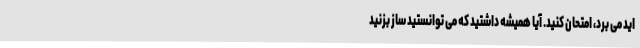
اید می برد، امتحان کنید. آیا همیشه داشتید که می توانستید ساز بزنید